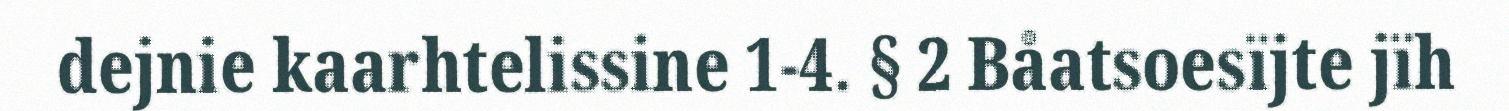
dejnie kaarhtelissine 1-4. § 2 Båatsoesïjte jïh